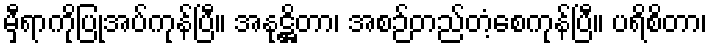
မှီရာကိုပြုအပ်ကုန်ပြီ။ အနုဋ္ဌိတာ၊ အစဉ်တည်တံ့စေကုန်ပြီ။ ပရိစိတာ၊